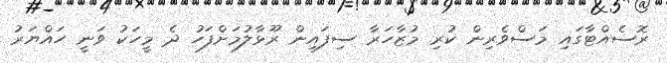
ރޮސެއްޓާގައި މަސްވެރިން ކުރި މުޒާހަރާ ސިފައިން ރޫޅާލުމަށްފަހު ދެ މީހަކު ވަނީ ހައްޔަރު